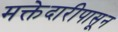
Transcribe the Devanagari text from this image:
मक्तेदारीपासून